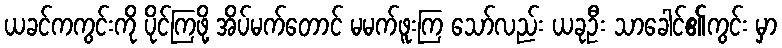
ယခင်ကကွင်းကို ပိုင်ကြဖို့ အိပ်မက်တောင် မမက်ဖူးကြ သော်လည်း ယခုဦး သာခေါင်၏ကွင်း မှာ